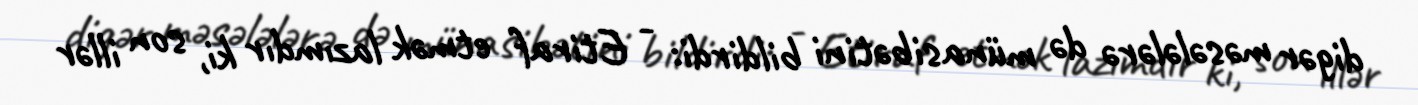
digər məsələlərə də münasibətini bildirdi: - Etiraf etmək lazımdır ki, son illər